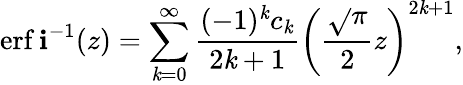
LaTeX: \operatorname{erf\mathbf{i}}^{-1}(z)=\sum_{\mathit{k}=0}^{\infty}{\frac{{(-1)^{\mathit{k}}c_{\mathit{k}}}}{{2\mathit{k}+1}}}\left({\frac{{\sqrt{}{{\pi}}}}{{2}}}z\right)^{2\mathit{k}+1},